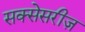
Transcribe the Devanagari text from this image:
सक्सेसरीज़